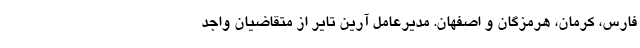
فارس، کرمان، هرمزگان و اصفهان. مدیرعامل آرین تایر از متقاضیان واجد